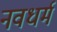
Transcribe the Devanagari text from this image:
नवधर्म